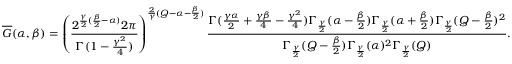
\overline { G } ( \alpha , \beta ) = \left( \frac { 2 ^ { \frac { \gamma } { 2 } ( \frac { \beta } { 2 } - \alpha ) } 2 \pi } { \Gamma ( 1 - \frac { \gamma ^ { 2 } } { 4 } ) } \right) ^ { \frac { 2 } { \gamma } ( Q - \alpha - \frac { \beta } { 2 } ) } \frac { \Gamma ( \frac { \gamma \alpha } { 2 } + \frac { \gamma \beta } { 4 } - \frac { \gamma ^ { 2 } } { 4 } ) \Gamma _ { \frac { \gamma } { 2 } } ( \alpha - \frac { \beta } { 2 } ) \Gamma _ { \frac { \gamma } { 2 } } ( \alpha + \frac { \beta } { 2 } ) \Gamma _ { \frac { \gamma } { 2 } } ( Q - \frac { \beta } { 2 } ) ^ { 2 } } { \Gamma _ { \frac { \gamma } { 2 } } ( Q - \frac { \beta } { 2 } ) \Gamma _ { \frac { \gamma } { 2 } } ( \alpha ) ^ { 2 } \Gamma _ { \frac { \gamma } { 2 } } ( Q ) } .